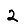
Digit: 2